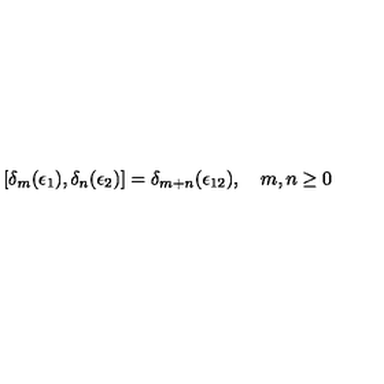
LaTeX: [ \delta _ { m } ( \epsilon _ { 1 } ) , \delta _ { n } ( \epsilon _ { 2 } ) ] = \delta _ { m + n } ( \epsilon _ { 1 2 } ) , \quad m , n \geq 0